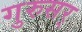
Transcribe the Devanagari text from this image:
गुरुसर्